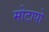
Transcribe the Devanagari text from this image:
मोटापो